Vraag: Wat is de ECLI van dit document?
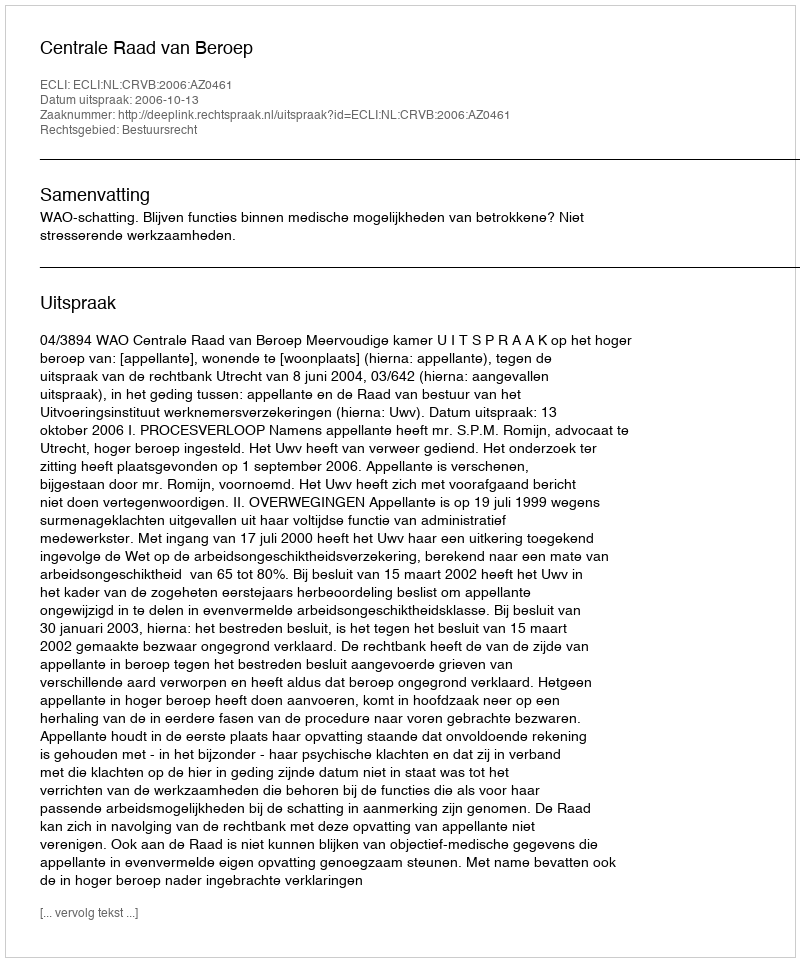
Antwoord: ECLI:NL:CRVB:2006:AZ0461